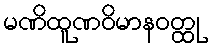
မဏိထူဏဝိမာနဝတ္ထု